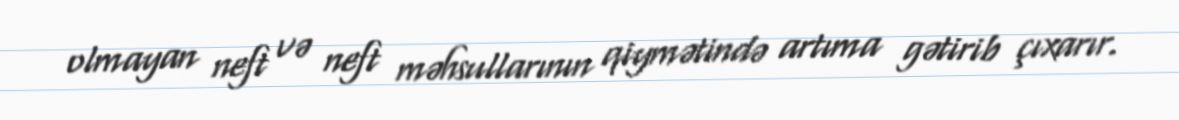
olmayan neft və neft məhsullarının qiymətində artıma gətirib çıxarır.